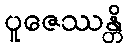
ပူဇေဿန္တိ